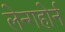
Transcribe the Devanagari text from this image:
लेन्गहोर्न